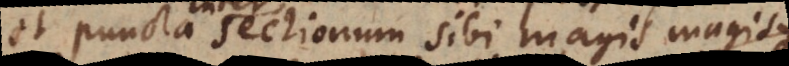
et puncta sectionum sibi magis magisque